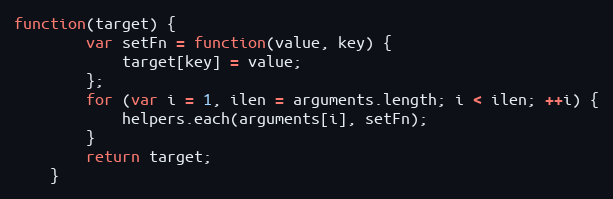
Language: JavaScript
function(target) {
		var setFn = function(value, key) {
			target[key] = value;
		};
		for (var i = 1, ilen = arguments.length; i < ilen; ++i) {
			helpers.each(arguments[i], setFn);
		}
		return target;
	}